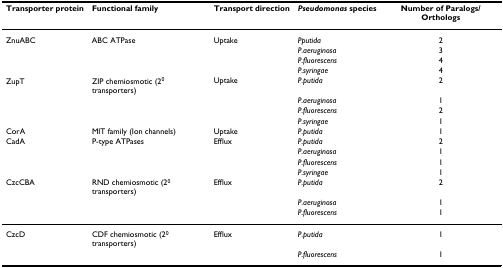
| Transporter protein | Functional family | Transport direction | Pseudomonas species | Number of Paralogs/Orthologs |
 | --- | --- | --- | --- | --- |
 | ZnuABC | ABC ATPase | Uptake | Pputida | 2 |
 |  |  |  | P.aeruginosa | 3 |
 |  |  |  | P.fluorescens | 4 |
 |  |  |  | P.syringae | 4 |
 | ZupT | ZIP chemiosmotic (20 transporters) | Uptake | P.putida | 2 |
 |  |  |  | P.aeruginosa | 1 |
 |  |  |  | P.fluorescens | 2 |
 |  |  |  | P.syringae | 1 |
 | CorA | MIT family (Ion channels) | Uptake | P.putida | 1 |
 | CadA | P-type ATPases | Efflux | P.putida | 2 |
 |  |  |  | P.aeruginosa | 1 |
 |  |  |  | P.fluorescens | 1 |
 |  |  |  | P.syringae | 1 |
 | CzcCBA | RND chemiosmotic (20 transporters) | Efflux | P.putida | 2 |
 |  |  |  | P.aeruginosa | 1 |
 |  |  |  | P.fluorescens | 1 |
 | CzcD | CDF chemiosmotic (20 transporters) | Efflux | P.putida | 1 |
 |  |  |  | P.fluorescens | 1 |